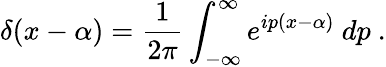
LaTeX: \delta(x-\alpha)={\frac{1}{2\pi}}\int_{-\infty}^{\infty}e^{ip(x-\alpha)}\ dp\ .